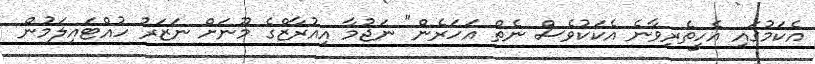
އެކަމުގައި އެހީތެރިވާނެ އެކަކުވެސް ނެތް އަހަރެން" ނަޖުމާ އިއުރާޒްގެ މޫނަށް ނަޒަރު ހުއްޓައިލަމުން